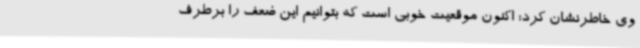
وی خاطرنشان کرد: اکنون موقعیت خوبی است که بتوانیم این ضعف را برطرف